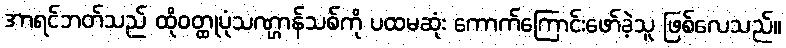
အာရင်ဘတ်သည် ထိုဝတ္ထုပုံသဏ္ဌာန်သစ်ကို ပထမဆုံး ကောက်ကြောင်းဖော်ခဲ့သူ ဖြစ်လေသည်။